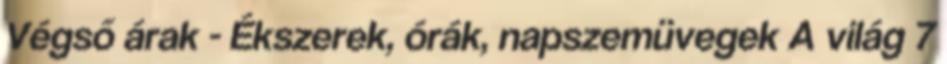
Végső árak - Ékszerek, órák, napszemüvegek A világ 7